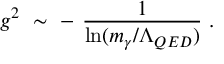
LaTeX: g ^ { 2 } \ \sim \ - \ \frac 1 { \ln ( m _ { \gamma } / \Lambda _ { Q E D } ) } \ .